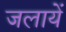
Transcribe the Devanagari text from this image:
जलायें